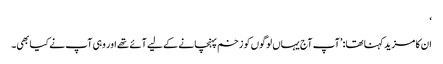
‘
ان کا مزید کہنا تھا: ’آپ آج یہاں لوگوں کو زخم پہنچانے کے لیے آئے تھے اور وہی آپ نے کیا بھی۔